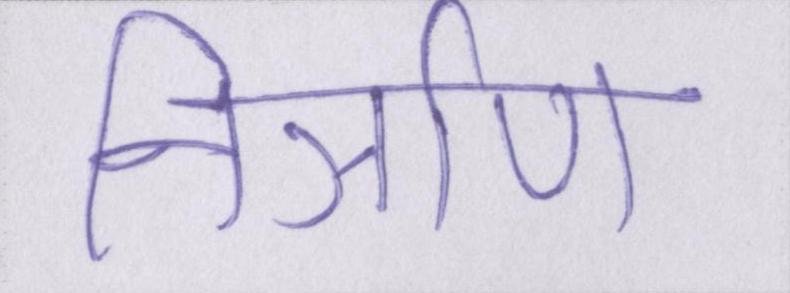
निर्ञाण